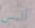
أليس